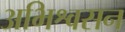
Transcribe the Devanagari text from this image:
अभिश्वसन